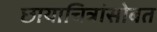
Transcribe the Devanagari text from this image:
छायाचित्रांसोबत